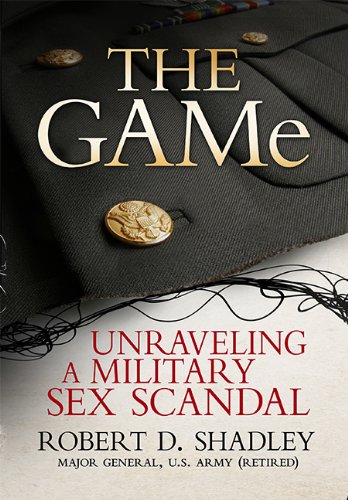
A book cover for The GAMe: Unraveling a Military Sex Scandal; Robert D. Shadley; Politics & Social Sciences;